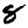
Digit: 8